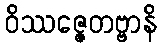
ဝိဿဇ္ဇေတဗ္ဗာနိ